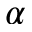
\alpha